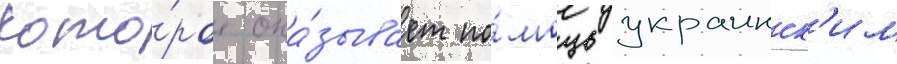
кото́рое ока́зывает по́мощь украинск'им